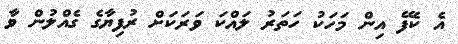
އެ ކެފޭ އިން މަހަކު ހަތަރު ލައްކަ ވަރަކަށް ރުފިޔާގެ ގެއްލުން ވާ